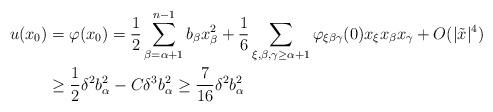
LaTeX: \begin{align*}\begin{aligned}u (x_0)& =\varphi(x_0)= \frac{1}{2} \sum_{\beta=\alpha+1}^{n-1} b_\beta x_\beta^2 + \frac{1}{6} \sum_{\xi, \beta, \gamma \geq \alpha+1} \varphi_{\xi \beta \gamma} (0) x_\xi x_\beta x_\gamma + O (|\tilde{x}|^4)\\&\geq \frac{1}{2} \delta^2 b_\alpha^2 - C \delta^3 b_\alpha^2 \geq \frac{7}{16} \delta^2 b_\alpha^2\end{aligned}\end{align*}